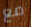
مع